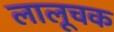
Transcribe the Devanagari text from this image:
लालूचक